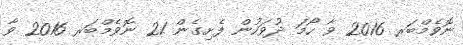
ނޮވެމްބަރ 2016 ވާ ހޯމަ ދުވަހުން ފެށިގެން 21 ނޮވެމްބަރ 2016 ވާ